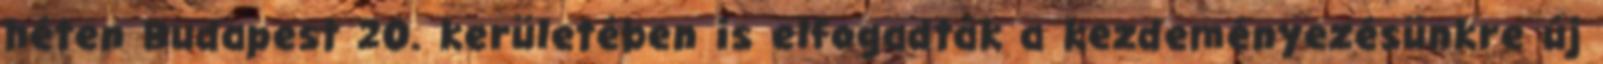
héten Budapest 20. kerületében is elfogadták a kezdeményezésünkre új